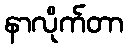
နာလိုက်တာ